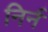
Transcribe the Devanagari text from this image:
निर्न